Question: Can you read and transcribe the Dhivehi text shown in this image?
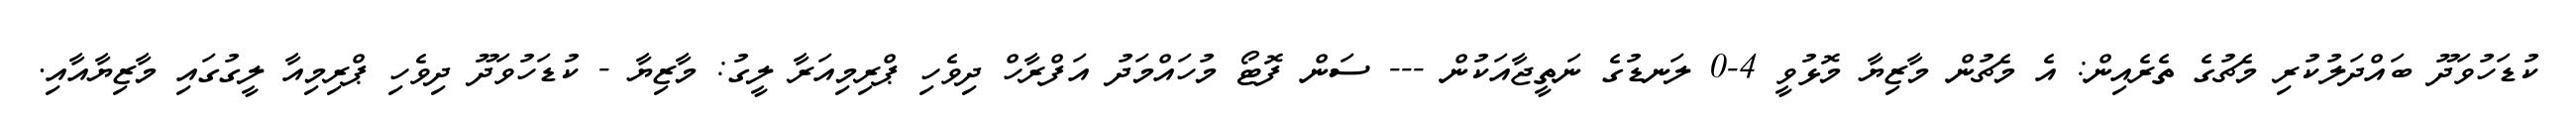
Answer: ކުޑަހުވަދޫ ބައްދަލުކުރި މެޗުގެ ތެރެއިން: އެ މެޗުން މާޒިޔާ މޮޅުވީ 4-0 ލަނޑުގެ ނަތީޖާއަކުން --- ސަން ފޮޓޯ މުހައްމަދު އަފްރާހް ދިވެހި ޕްރިމިއަރާ ލީގު: މާޒިޔާ - ކުޑަހުވަދޫ ދިވެހި ޕްރިމިއާ ލީގުގައި މާޒިޔާއާއި.